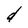
Character: d